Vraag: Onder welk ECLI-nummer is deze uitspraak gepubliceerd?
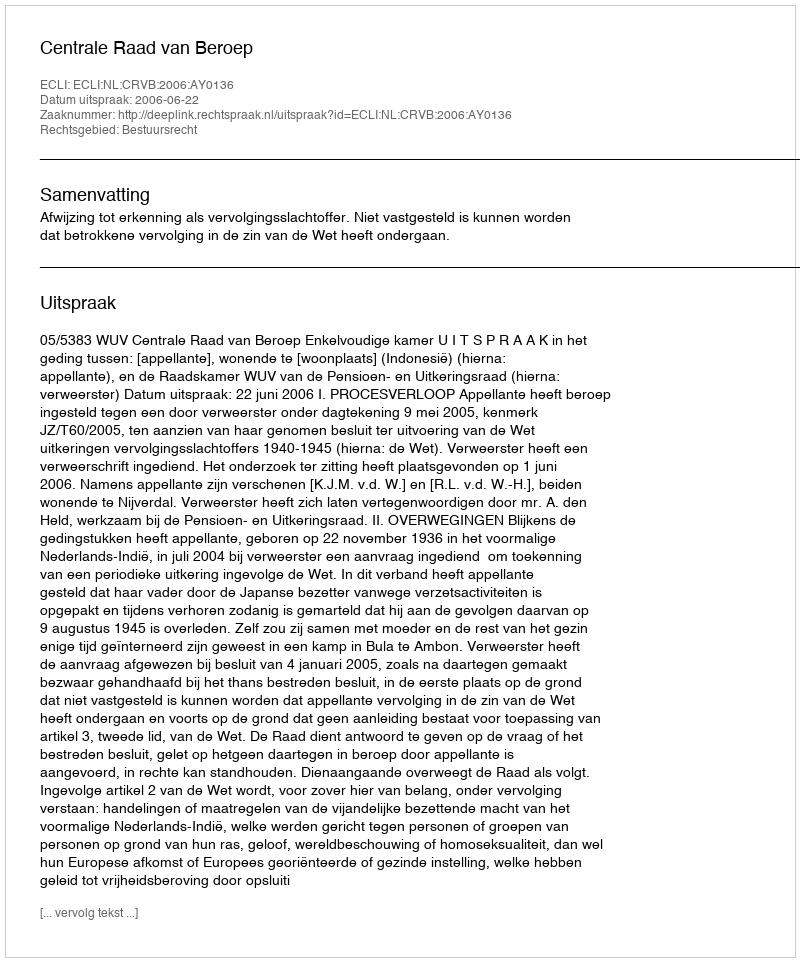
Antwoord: ECLI:NL:CRVB:2006:AY0136